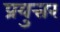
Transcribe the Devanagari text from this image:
प्रयुत्तर